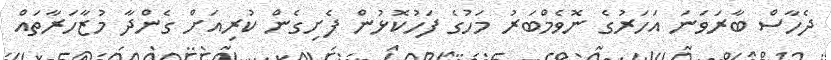
ދެހާސް ބާރަވަނަ އަހަރުގެ ނޮވެމްބަރު މަހުގެ ފަހުކޮޅުން ފެށިގެން ކުރިއަށް ގެންދާ މުޒާހަރާތައް